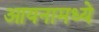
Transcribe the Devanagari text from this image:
आयनामध्ये